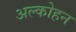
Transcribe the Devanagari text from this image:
अल्कोहन